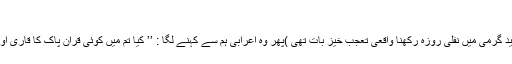
‘‘
ہم اس کے اس جواب سے بہت متعجب ہوئے ( ایسی شدید گرمی میں نفلی روزہ رکھنا واقعی تعجب خیز بات تھی )پھر وہ اعرابی ہم سے کہنے لگا : ’’ کیا تم میں کوئی قرآن پاک کا قاری اور کاتب ہے میں اس سے کوئی چیز لکھو انا چاہتا ہوں ؟